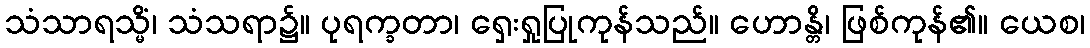
သံသာရသ္မိံ၊ သံသရာ၌။ ပုရက္ခတာ၊ ရှေးရှုပြုကုန်သည်။ ဟောန္တိ၊ ဖြစ်ကုန်၏။ ယေစ၊